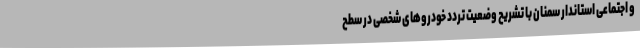
و اجتماعی استاندار سمنان با تشریح وضعیت تردد خودروهای شخصی در سطح